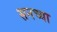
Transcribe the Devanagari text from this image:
सनच्या